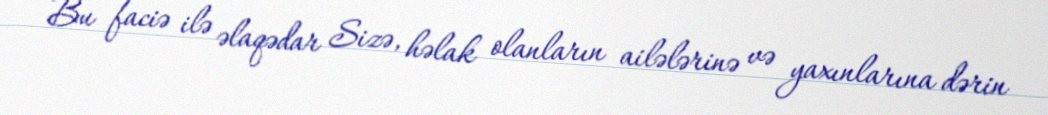
Bu faciə ilə əlaqədar Sizə, həlak olanların ailələrinə və yaxınlarına dərin